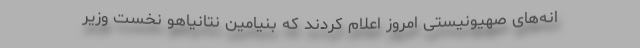
انه‌های صهیونیستی امروز اعلام کردند که بنیامین نتانیاهو نخست وزیر